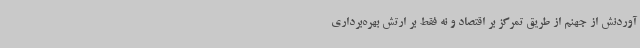
آوردنش از جهنم از طریق تمرکز بر اقتصاد و نه فقط بر ارتش بهره‌برداری